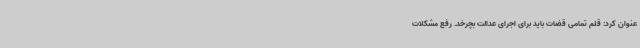
عنوان کرد: قلم تمامی قضات باید برای اجرای عدالت بچرخد. رفع مشکلات